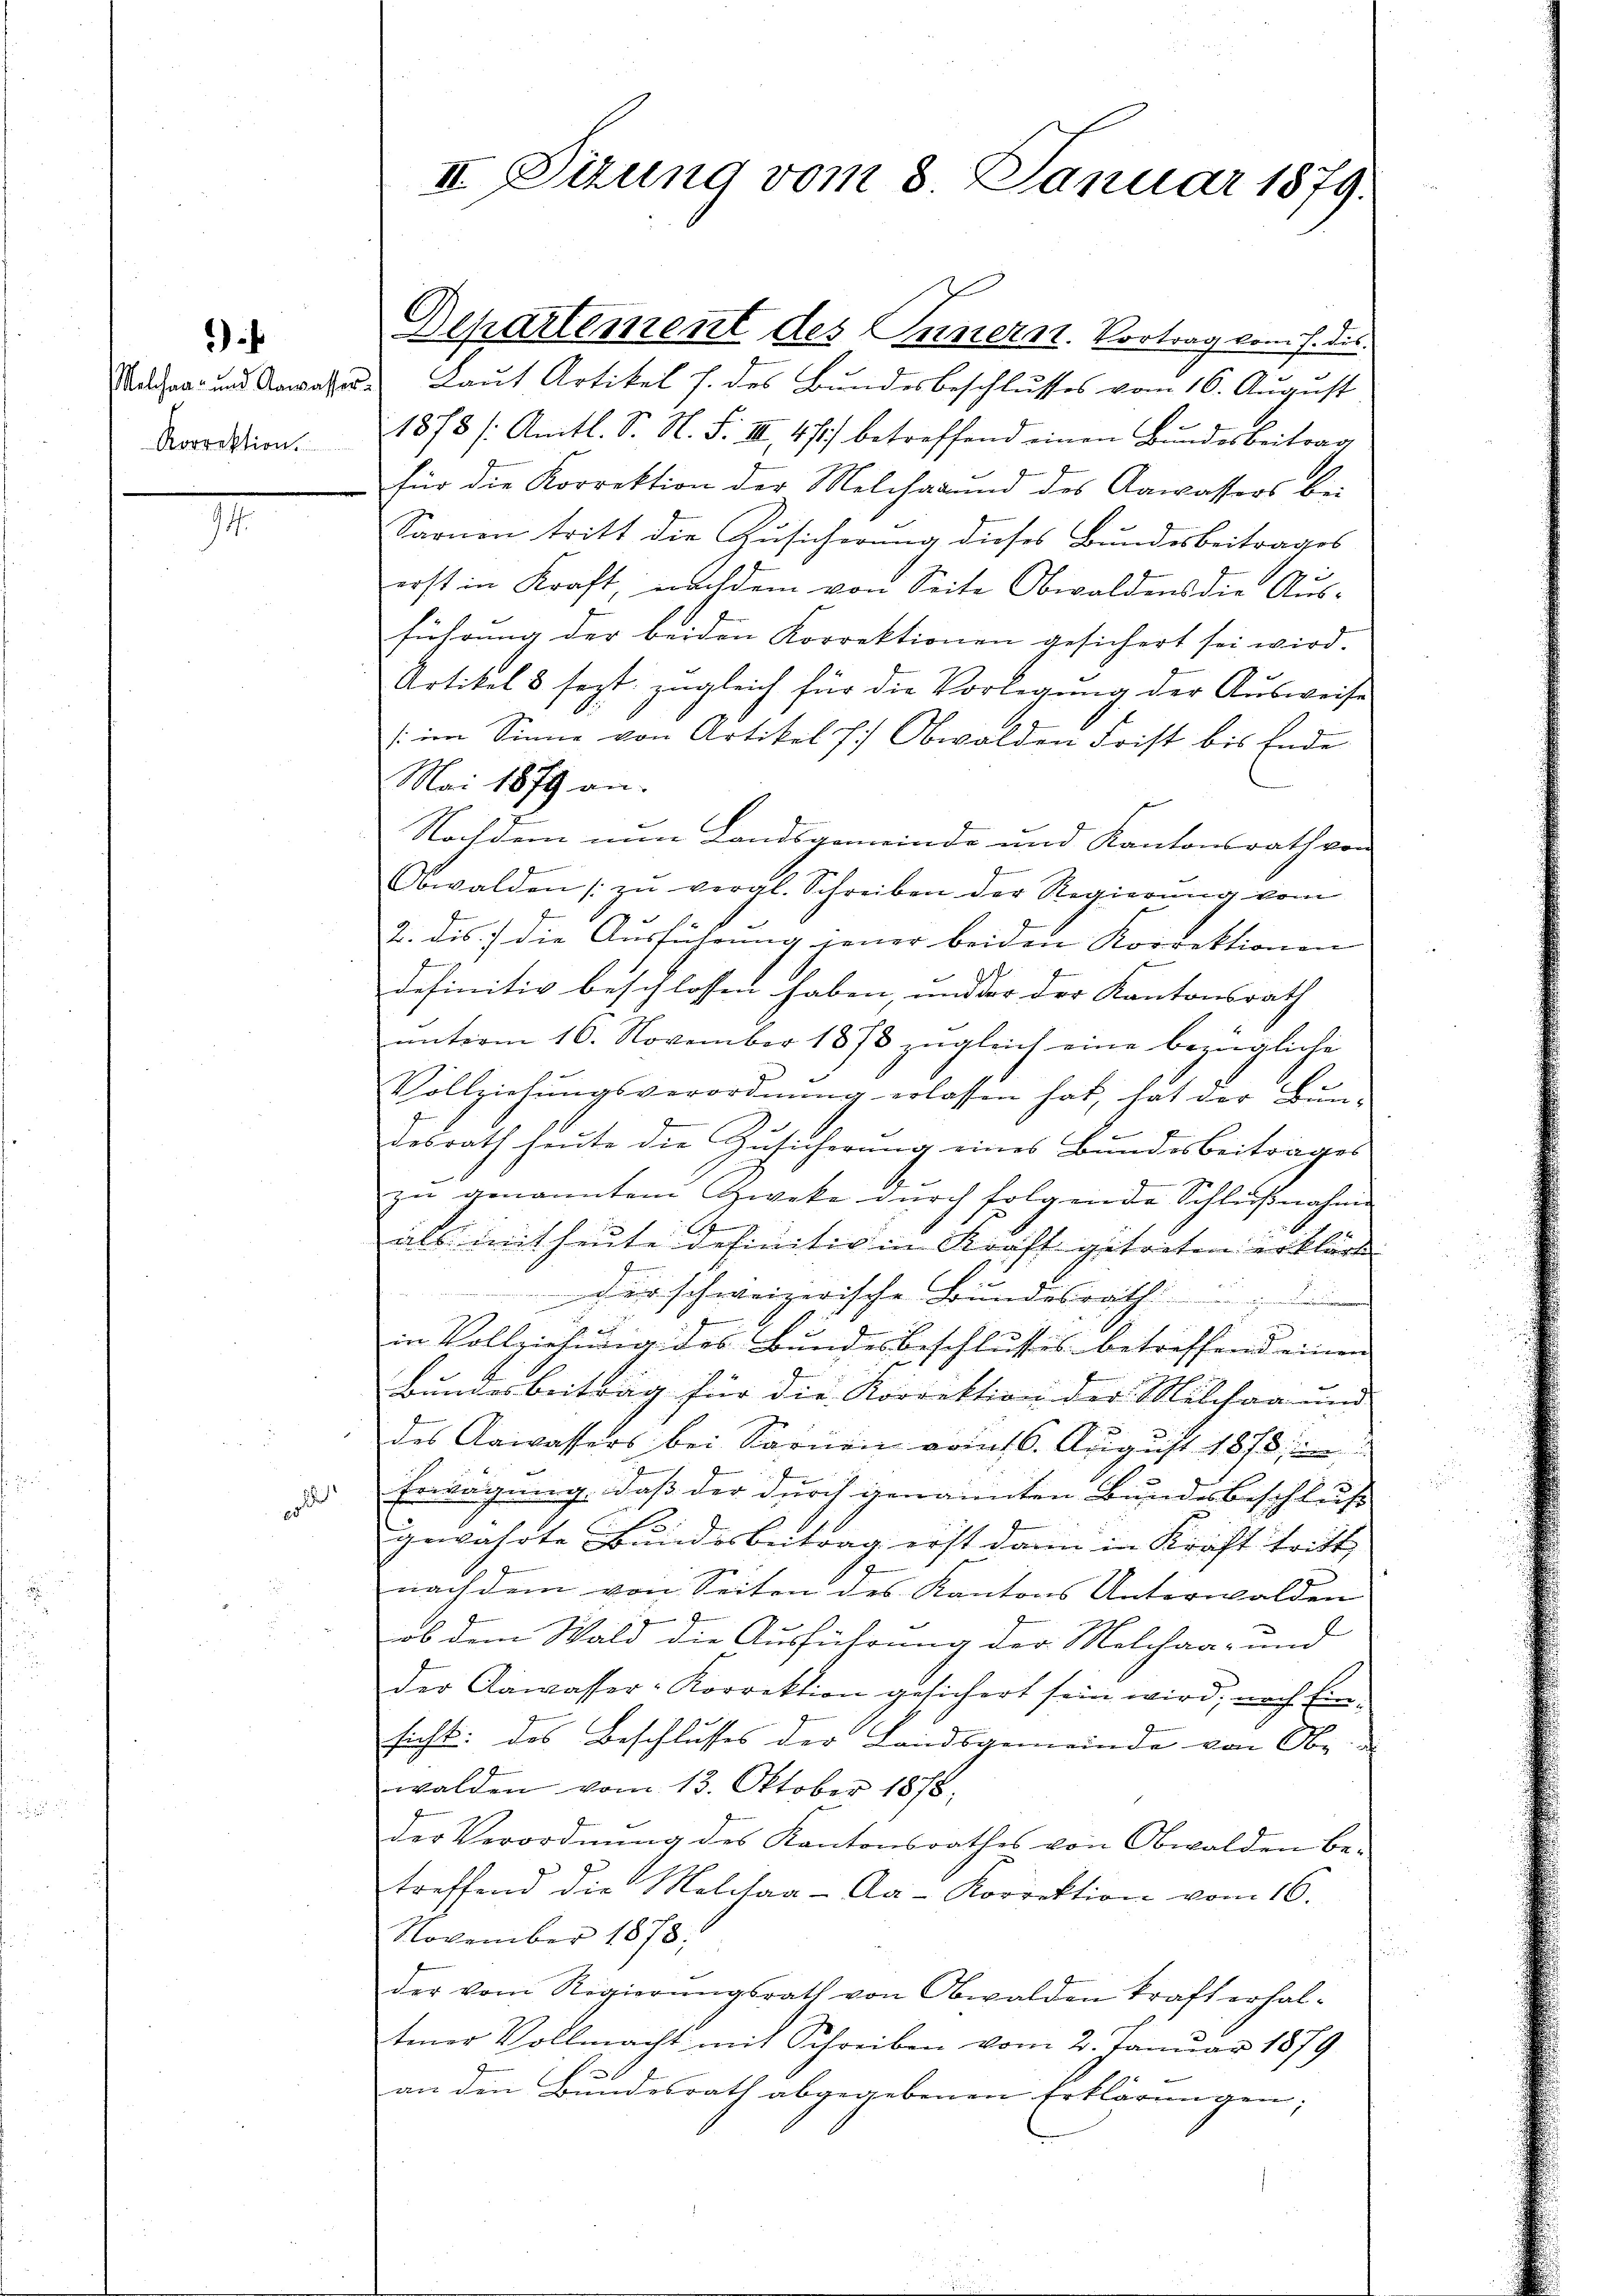
Korrektion.

)

l

Departement des Innern. Vortrag vom 7. ds.
a und Anwesen Laut Artikel h. des Bundesbeschlusses vom 16. August
1878 /Amtl. S. N. F. II., 471) betreffend einen Bundesbeitrag
für die Korrektion der Melcherund des Aawassers bei
Sarnen tritt die Zusicherung dieses Bundesbeitrages
erst in Kraft, nachdem von Seite Obwaldens die Aus-
führung der beiden Korrektionen gesichert sei wird.
Artikel 3 sezt zugleich für die Vorlegŭng der Aŭsweise
(im Sinne von Artikel h. Obwalden Frist bis Ende
Mai 1879 an.
Nachdem nun Landsgemeinde und Kantonsrath von
Obwalden zŭ vergl. Schreiben der Regierung vom
2. dis) die Ausführung jener beiden Korrektionen
definitiv beschlossen haben, und der der Kantonsrath
ŭnterm 16. November 1873 zugleich eine bezügliche
Vollziehungsverordnung erlassen hat, hat der Bun-
desrath heute die Zusicherung eines Bundesbeitrages
zu genannten Zweke durch folgende Schlußnahme
6
als mit heute definitiv in Kraft getreten erklärt
f
der schweizerische Bundesrath
A
in Vollziehung des Bundes beschlusses betreffend einen
Bundesbeitrag für die Korrektion der Melchen und
des Aawassers bei Sarnen vom 16. August 1873,
Erwägung, daß der durch genannten Bundesbeschluß
gewährte Bundesbetrag erst dann in Kraft tritt,
nachdem von Seiten des Kantons Unterwalden
ob dem Wald die Ausführung der Melchan- und
der Aawasser-Korrektion gesichert sein wird, nach Ein-
sicht: des Beschlusses der Landsgemeinde von Obe
walden vom 13. Oktober 1878;
der Verordnŭng des Kantonsrathes von Obwalden be-
treffend die Melchaa-Aa-Korrektion vom 16.
November 1878;
der vom Regierŭngsrath von Obwalden kraft erhal-
tener Vollmacht mit Schreiben vom 2. Januar 1879
an den Bundesrath abgegebenen Erklärungen;

II Sizung vom 8. Januar 1879.